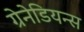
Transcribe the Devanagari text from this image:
ग्रेनेडियन्स